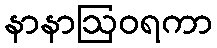
နာနာဩဝရကာ